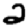
Digit: 2